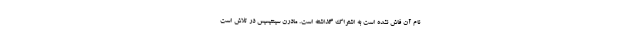
نام آن فاش نشده است به اشتراک گذاشته است. مادرن سینتیسیس در تلاش است